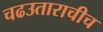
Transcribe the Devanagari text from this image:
चढउताराचीच